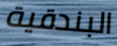
البندقية